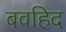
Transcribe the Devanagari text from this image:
बवहिद